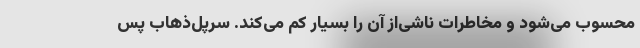
محسوب می‌شود و مخاطرات ناشی‌از آن را بسیار کم می‌کند. سرپل‌ذهاب پس